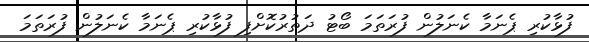
ފުޅާކުރި ޕެނަމާ ކެނަލުން ފުރަތަމަ ބޯޓު ދަތުރުކޮށްފި ފުޅާކުރި ޕެނަމާ ކެނަލުން ފުރަތަމަ